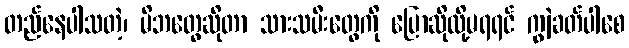
တည်နေပါသတဲ့၊ မိဘတွေဆိုတာ သားသမီးတွေကို ပြောဆိုလို့မရရင် ကျွဲခတ်ပါစေ